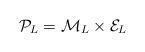
LaTeX: \begin{align*}{\cal P}_L = {\cal M}_L \times {\cal E}_L\;\;\;\end{align*}